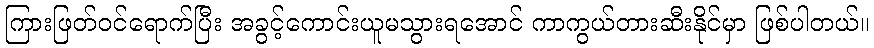
ကြားဖြတ်ဝင်ရောက်ပြီး အခွင့်ကောင်းယူမသွားရအောင် ကာကွယ်တားဆီးနိုင်မှာ ဖြစ်ပါတယ်။